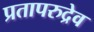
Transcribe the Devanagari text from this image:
प्रतापरुद्रेव